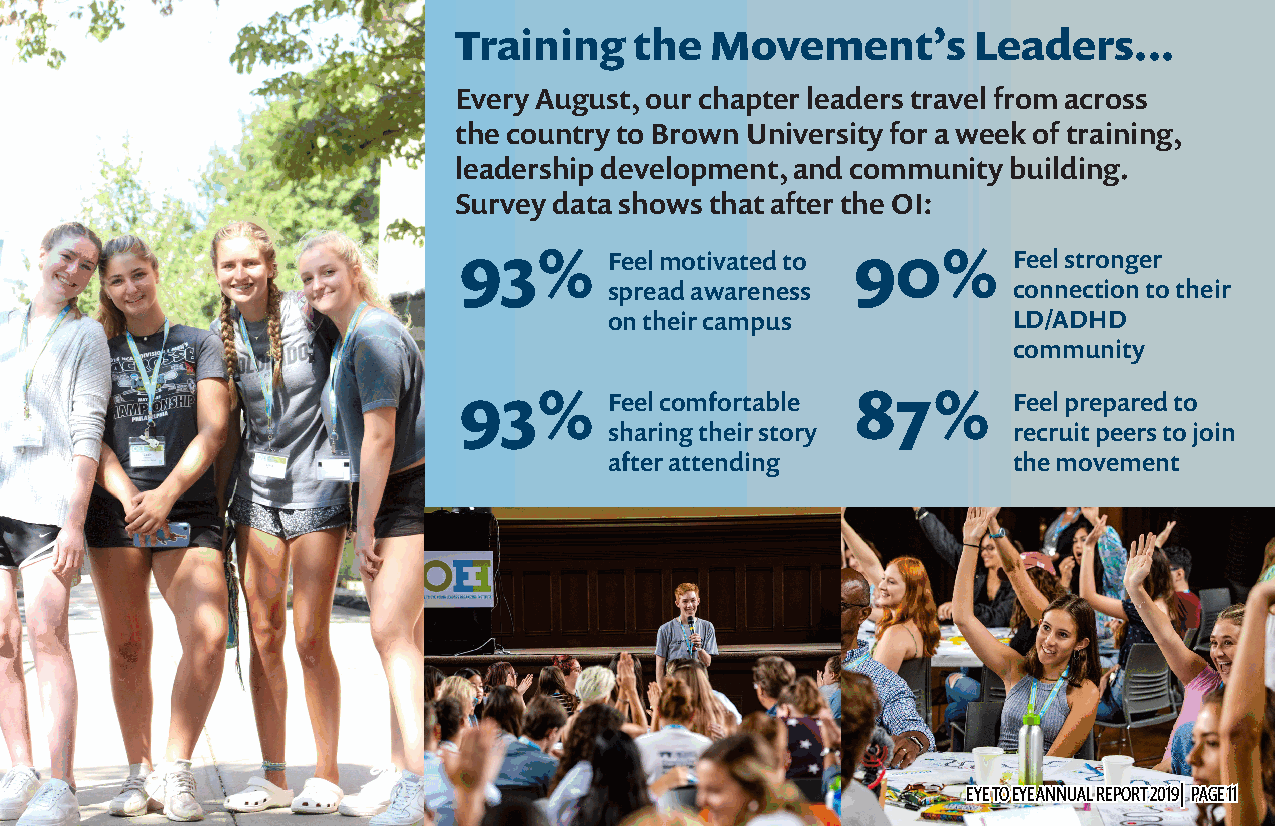
Training    the  Movement’s        Leaders...
 Every August, our chapter leaders travel from across
 the country to Brown University for a week of training,
 leadership development, and community building.
 Survey data shows that after the OI:
 93%       Feel motivated to 90%      Feel stronger
 spread awareness           connection to their
 on their campus            LD/ADHD
 community
 93%       Feel comfortable 87%       Feel prepared to
 sharing their story        recruit peers to join
 after attending            the movement
 EEYYEE TTOO EEYYEE AANNNNUUAALL RREEPPOORRTT 22001199|| PPAAGGEE 1111